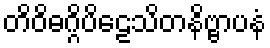
တိဝိဓဂ္ဂိပိဠေသိတနိဗ္ဗာပနံ